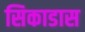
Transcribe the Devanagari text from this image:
सिकाडास